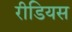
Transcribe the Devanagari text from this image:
रीडियस